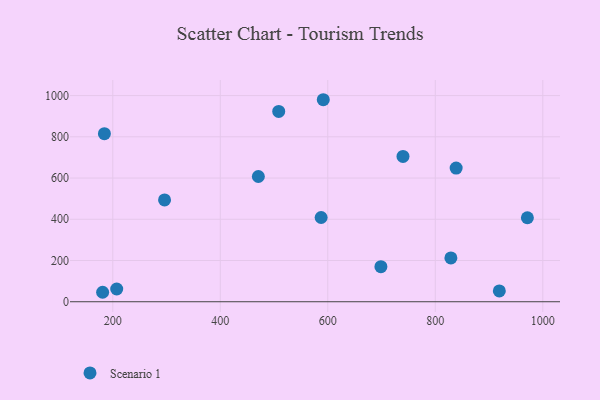
{"axis": {"x": "Investment", "y": "Salary"}, "legend": ["Scenario 1"], "data": [{"x": "739.9", "y": 705.0, "type": "Scenario 1"}, {"x": "181.1", "y": 45.9, "type": "Scenario 1"}, {"x": "919.1", "y": 52.4, "type": "Scenario 1"}, {"x": "698.8", "y": 170.1, "type": "Scenario 1"}, {"x": "470.8", "y": 607.4, "type": "Scenario 1"}, {"x": "971.3", "y": 407.3, "type": "Scenario 1"}, {"x": "829.0", "y": 212.3, "type": "Scenario 1"}, {"x": "838.8", "y": 648.4, "type": "Scenario 1"}, {"x": "184.4", "y": 815.4, "type": "Scenario 1"}, {"x": "296.3", "y": 493.8, "type": "Scenario 1"}, {"x": "587.6", "y": 408.7, "type": "Scenario 1"}, {"x": "591.6", "y": 979.9, "type": "Scenario 1"}, {"x": "207.3", "y": 61.8, "type": "Scenario 1"}, {"x": "508.7", "y": 923.3, "type": "Scenario 1"}]}